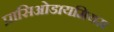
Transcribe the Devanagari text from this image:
प्रासिओडायमियम